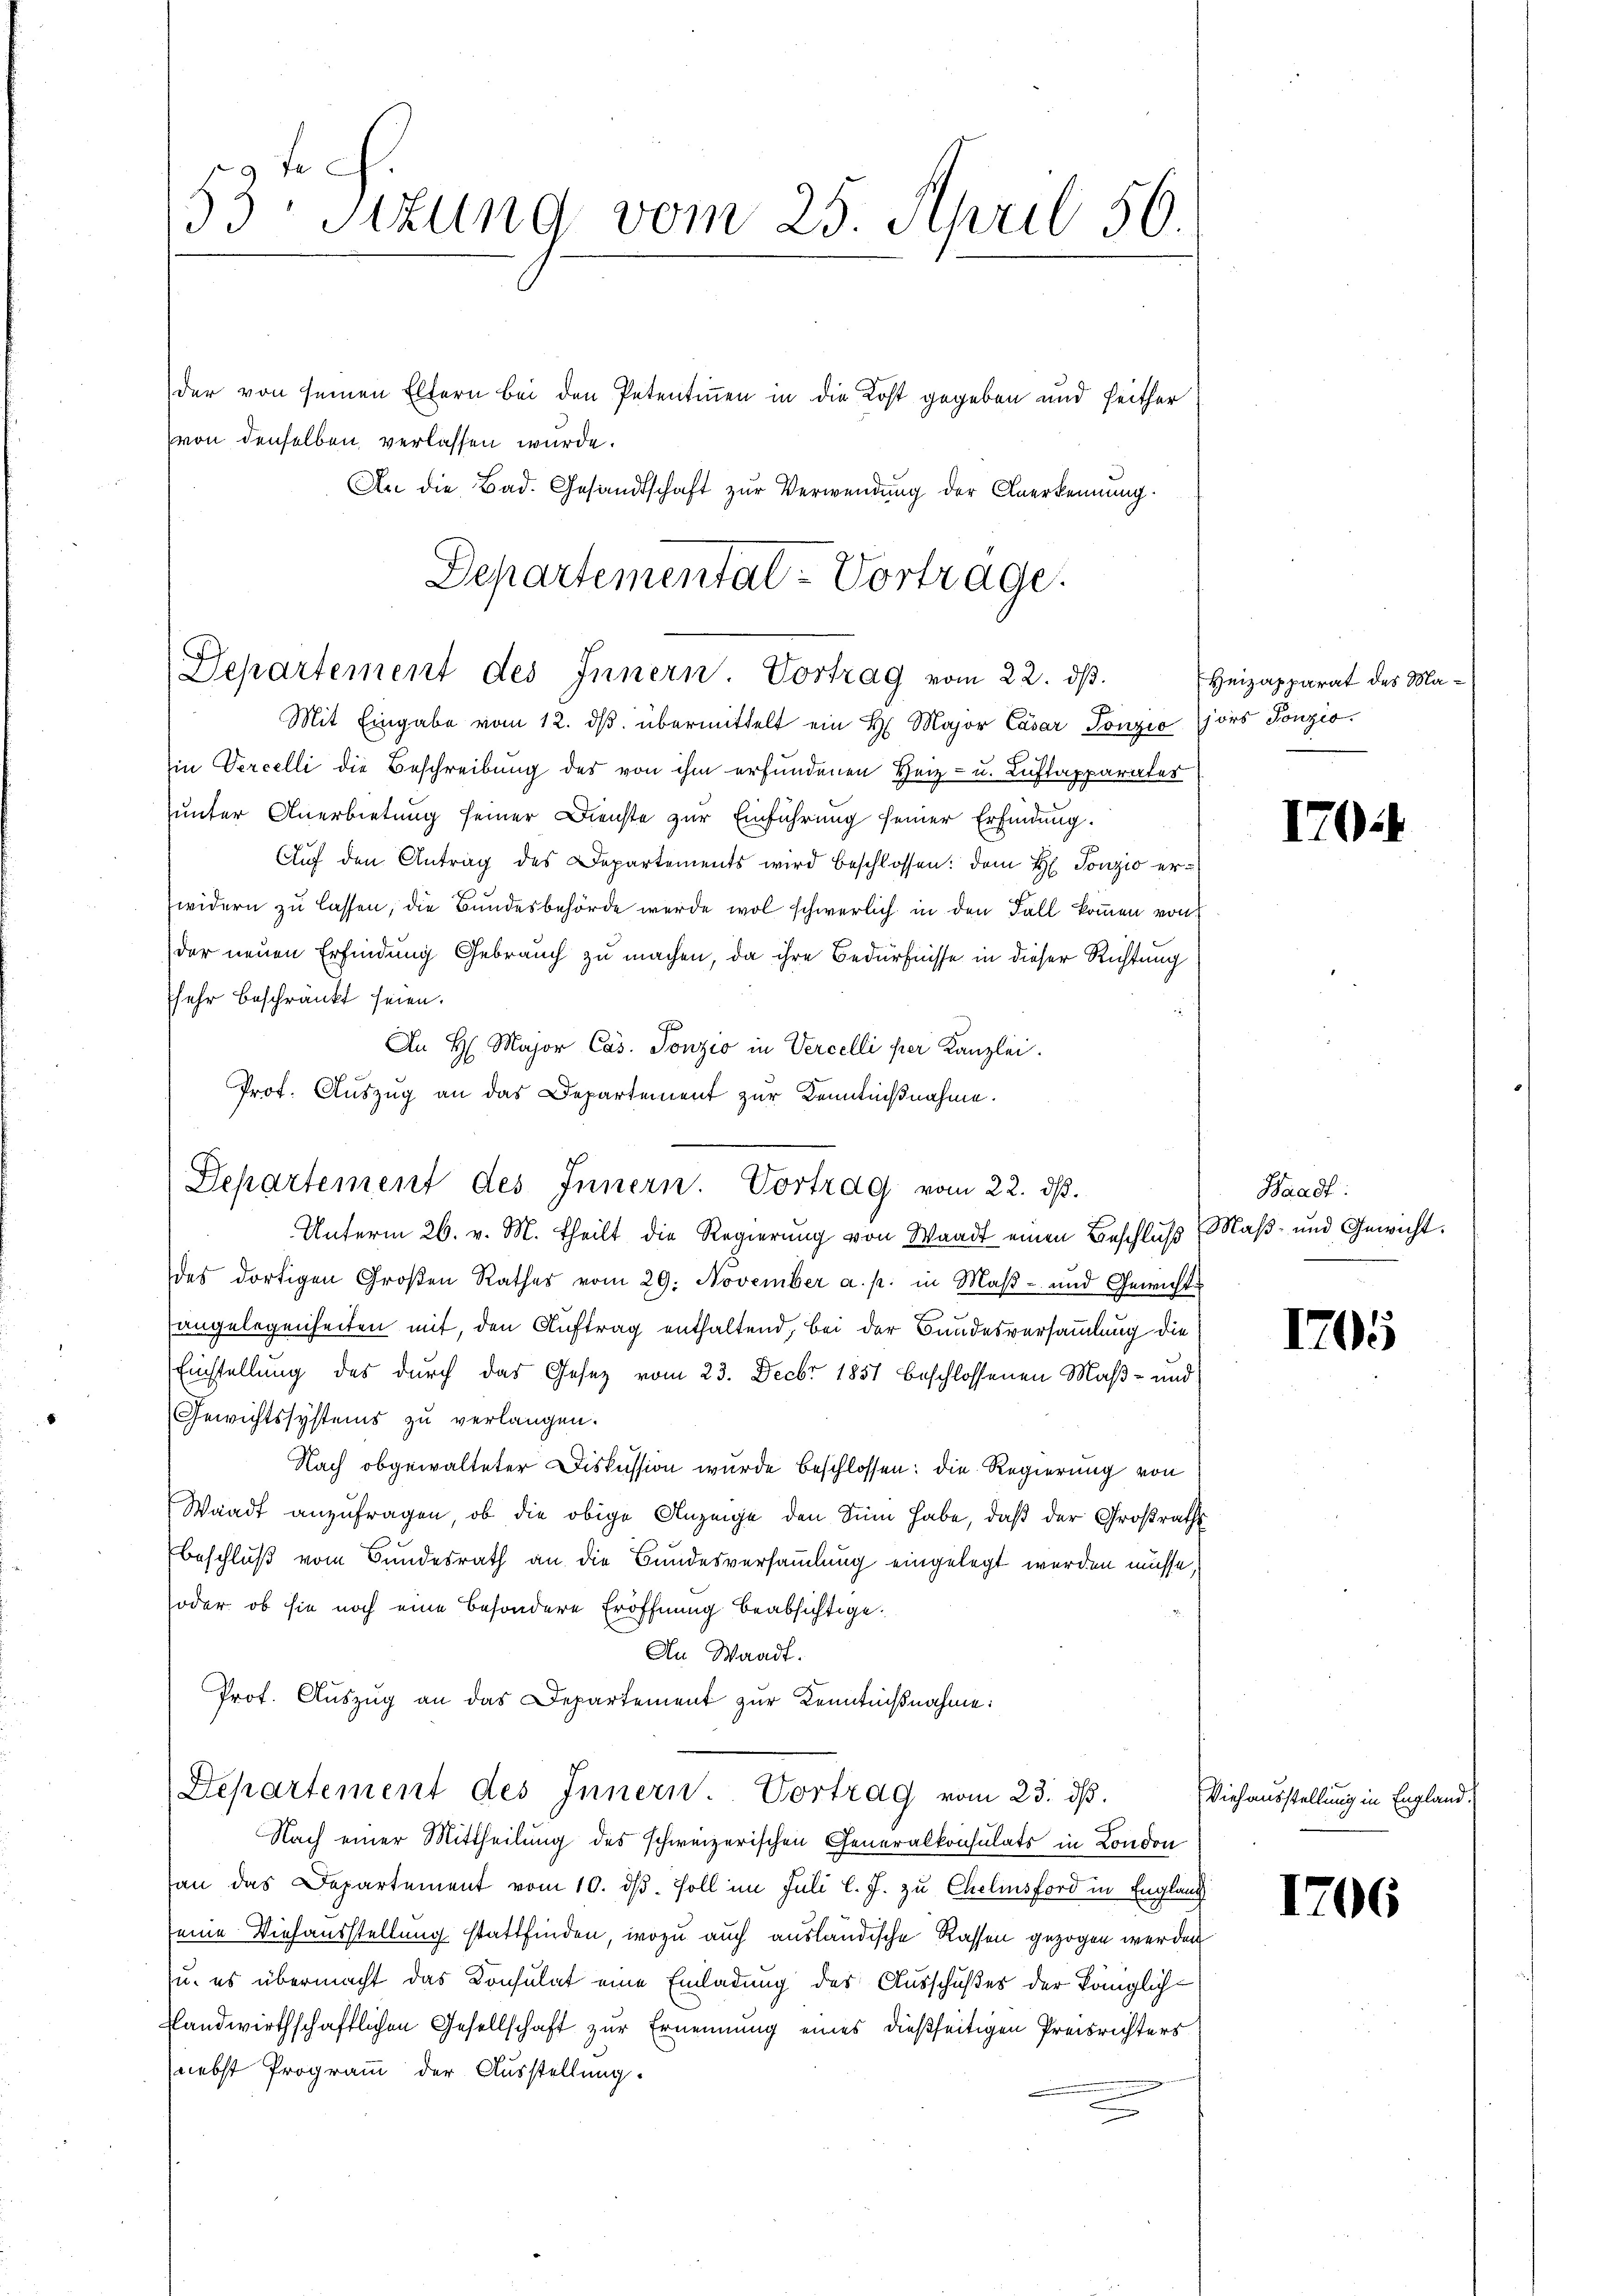
53 sizung vom 25. April 56

der von seinen Eltern bei den Petentinnen in die Kost gegeben und seither
An die Bad. Gesandtschaft zur Verwendung der Anerkennung.

Departementat-Vortrage.
Departement des Innern. Vortrag vom 22. ds.
Mit Eingabe vom 12. dβ übermittelt ein H. Major Cäsar Sonzio jors Tonzio

in Vercelli die Beschreibung des von ihm erfundenen Herz- u. Luftapparates
unter Anerbietung seiner Dienste zur Einführung seiner Erfindung.
Aŭf den Antrag des Departements wird beschlossen: dem H. Tonzio erwidern zu lassen, die Bundesbehörde werde wol schwerlich in den Fall kommen von
der neuen Erfindung Gebrauch zu machen, da ihre Bedürfnisse in dieser Richtung
fehr beschränkt seien.
An H. Major Cas. Tonzio in Vercelli per Kanzlei.
Prof. Auszug an das Departement zur Kenntnißnahme.
Departement des Innern. Vortrag vom 22. ds.

von denselben verlassen wurde.

Unterm 26. v. M. theilt die Regierung von Waadt einen Beschlŭβ Maβ- und Gewicht.
des dortigen Großen Rathes vom 29. November a. p. in Maβ- und Gewicht
angelegenheiten mit, den Auftrag enthaltend, bei der Bundesversammlung die
Einstellung des durch das Gesetz vom 23. Decbr 1851 beschlossenen Maß- und
Gewichtssystems zu verlangen.
Nach obgewalteter Diskussion wurde beschlossen: die Regierung von
Waadt anzufragen, ob die obige Anzeige den Sinn habe, daß der Großraths
beschluß vom Bundesrath an die Bundesversammlung eingelegt werden müsse,
soder ob sie noch eine besondere Eröffnung beabsichtige.
An Waadt.
Prot. Aŭszŭg an das Departement zŭr Kenntnißnahme:
Departement des Innern. Vortrag vom 23. dβ.
Nach einer Mittheilung des schweizerischen Generalkonsulats in London
an das Departement vom 10. ds. soll im Juli l. J. zu Chelinsford in England
eine Viehausstellung stattfinden, wozu auch ausländische Rassen gezogen werden
u. es übermacht das Konsulat eine Einladung des Ausschußes der Königlich-
slandwirthschaftlichen Gesellschaft zur Ernennung eines dießseitigen Preisrichters
nebst Programm der Ausstellung.

Heizapparat des Ma¬

170

Waadt:

1705

Viehausstellung in England,

1706